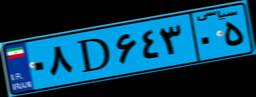
۵۲D۸۳۴۷۹